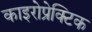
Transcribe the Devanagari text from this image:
काइरोप्रेक्टिक